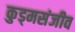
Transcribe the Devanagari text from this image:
कुड्मसंजीव